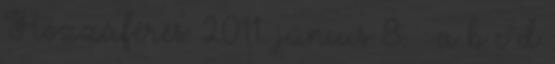
Hozzáférés: 2011. június 8. ↑ a b c d